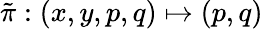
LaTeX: \tilde{\pi}:(x,y,p,q)\mapsto(p,q)